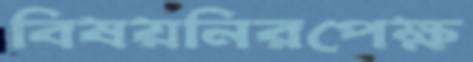
বিষয়নিরপেক্ষ